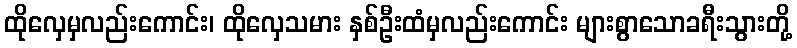
ထိုလှေမှလည်းကောင်း၊ ထိုလှေသမား နှစ်ဦးထံမှလည်းကောင်း များစွာသောခရီးသွားတို့